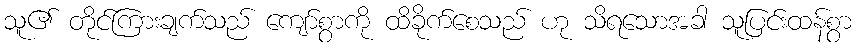
သူ၏ တိုင်ကြားချက်သည် ကျော်စွာကို ထိခိုက်စေသည် ဟု သိရသောအခါ သူပြင်းထန်စွာ